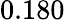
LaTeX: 0.180